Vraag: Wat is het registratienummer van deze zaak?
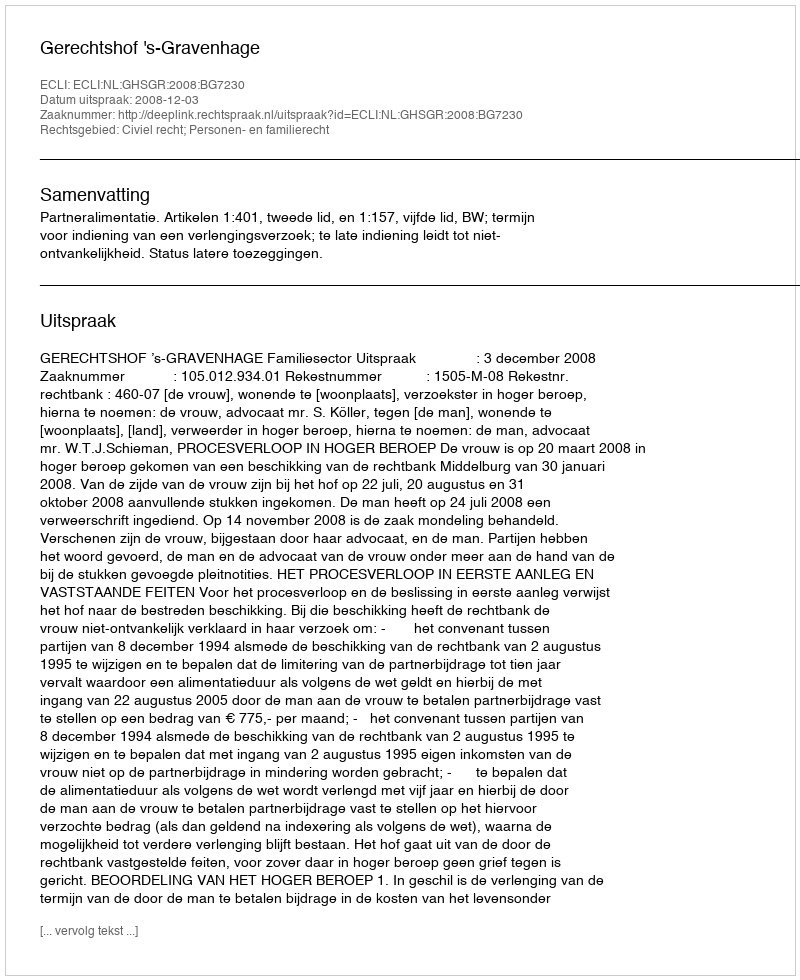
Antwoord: http://deeplink.rechtspraak.nl/uitspraak?id=ECLI:NL:GHSGR:2008:BG7230